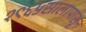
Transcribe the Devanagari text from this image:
१९६५सालापासून